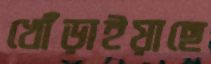
খোঁড়াইয়াছে